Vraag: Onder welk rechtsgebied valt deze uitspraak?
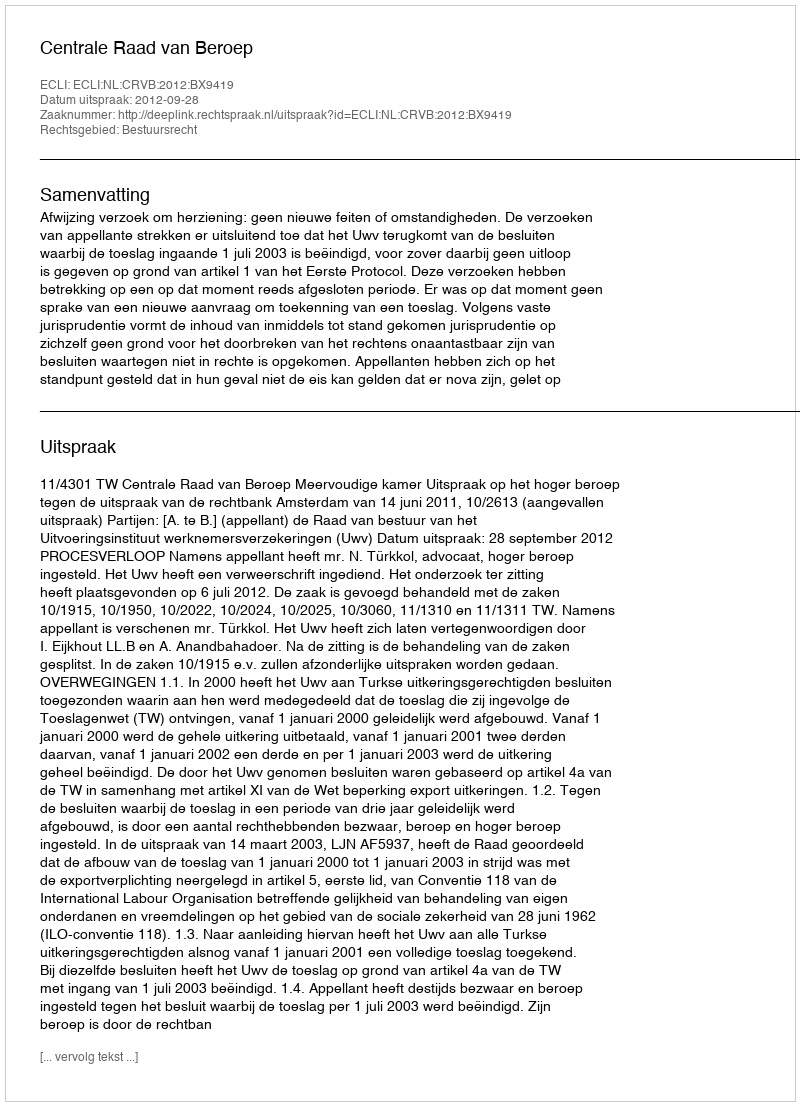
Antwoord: Bestuursrecht